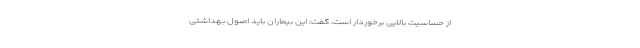
از حساسیت بالایی برخوردار است، گفت: این بیماران باید اصول بهداشتی